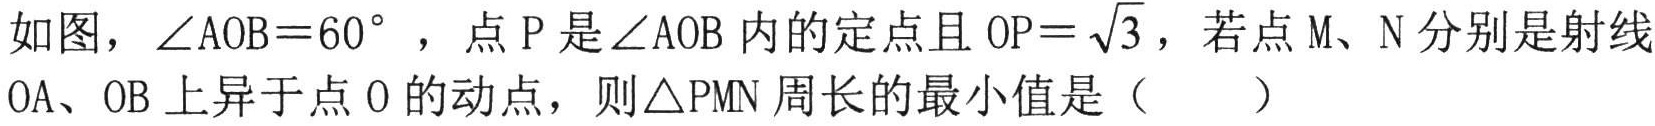
如图，$\angle AOB = 60^{\circ}$，点$\mathrm{P}$是$\angle AOB$内的定点且$OP = \sqrt{3}$，若点$\mathrm{M}$、$\mathrm{N}$分别是射线$\mathrm{OA}$、$\mathrm{OB}$上异于点$\mathrm{O}$的动点，则$\triangle PMN$周长的最小值是（  ）